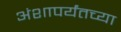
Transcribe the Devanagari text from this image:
अंशापर्यंतच्या